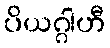
ပိယဂ္ဂါဟီ